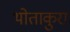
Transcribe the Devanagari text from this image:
थोताकुरा